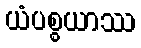
ယံပစ္စယာဿ